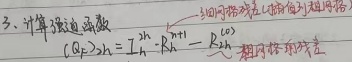
3. 计算信道函数\((Q_{f})_{2 \times 2}=\begin{bmatrix}h_{11} & -R_{2}^{-1} \\h_{21} & R_{2}^{-1}\end{bmatrix}\begin{bmatrix}R_{1}^{-1} \\h_{21}\end{bmatrix}\)。相同下标表示在